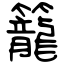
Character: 籠